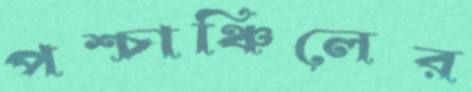
পশ্চাঞ্চিলের